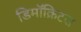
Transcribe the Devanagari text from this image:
डिमॉक्रिटस